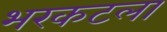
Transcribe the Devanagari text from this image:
भरकटला